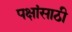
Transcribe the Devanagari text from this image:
पक्षांसाठी